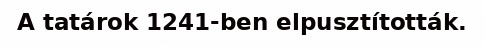
A tatárok 1241-ben elpusztították.